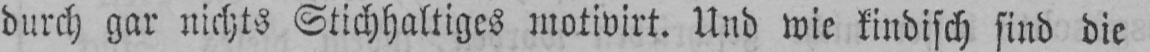
durch gar nichts Stichhaltiges motivirt. Und wie kindisch sind die